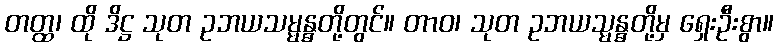
တတ္ထ၊ ထို ဒိဋ္ဌ သုတ ဥဘယသမ္မန္ဓတို့တွင်။ တာဝ၊ သုတ ဥဘယသ္မန္ဓတို့မှ ရှေးဦးစွာ။